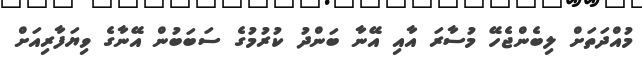
މުއްދަތަށް ލިބެންޖެހޭ މުސާރަ އާއި އޭނާ ބަންދު ކުރުމުގެ ސަބަބުން އޭނާގެ ވިޔަފާރިއަށް